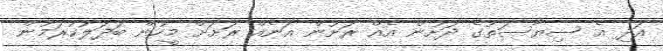
އަދި އެ ސިޔާސަތުގެ ދަށުން އެއް ރަށުން އަނެއް ރަށަށް މީހުން ބަދަލުކުރަމުން